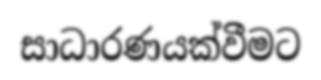
සාධාරණයක්වීමට